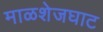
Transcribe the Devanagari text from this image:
माळशेजघाट